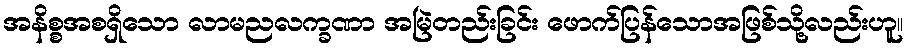
အနိစ္စအစရှိသော လာမညလက္ခဏာ အမြဲတည်းခြင်း ဖောက်ပြန်သောအဖြစ်သို့လည်းဟူ။